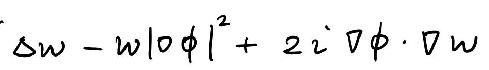
\(\Delta w - w|\nabla \phi|^{2}+2i\nabla \phi\cdot\nabla w\)